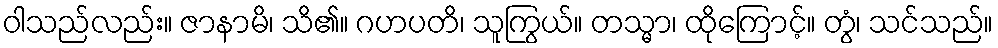
ဝါသည်လည်း။ ဇာနာမိ၊ သိ၏။ ဂဟပတိ၊ သူကြွယ်။ တသ္မာ၊ ထိုကြောင့်။ တွံ၊ သင်သည်။